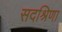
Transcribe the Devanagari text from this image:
सदश्रिणा